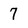
Character: 7